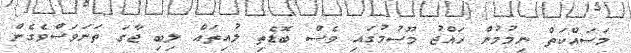
މަސައްކަތް ނިމުމުން ހައްޖު މޫސުމުގައި ވެސް ބޮޑެތި ލުއިތައް ލިބި ޖާގަ ތަނަވަސްވެގެން